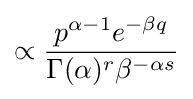
\propto {\frac {p^{\alpha -1}e^{-\beta q}}{\Gamma (\alpha )^{r}\beta ^{-\alpha s}}}